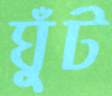
ঘুঁট